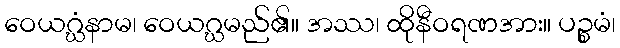
ဝေယဂ္ဃံနာမ၊ ဝေယဂ္ဃမည်၏။ အဿ၊ ထိုနီဝရဏအား။ ပဉ္စမံ၊